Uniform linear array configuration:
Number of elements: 48
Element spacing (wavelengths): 0.25
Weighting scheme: hann
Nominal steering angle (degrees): -30
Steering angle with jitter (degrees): -29.834
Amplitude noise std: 0.05
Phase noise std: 0.05

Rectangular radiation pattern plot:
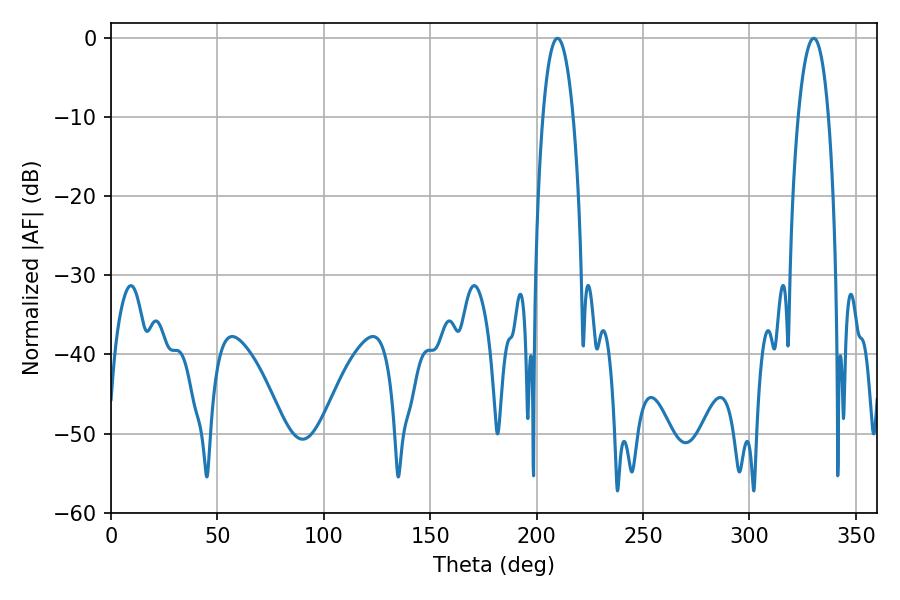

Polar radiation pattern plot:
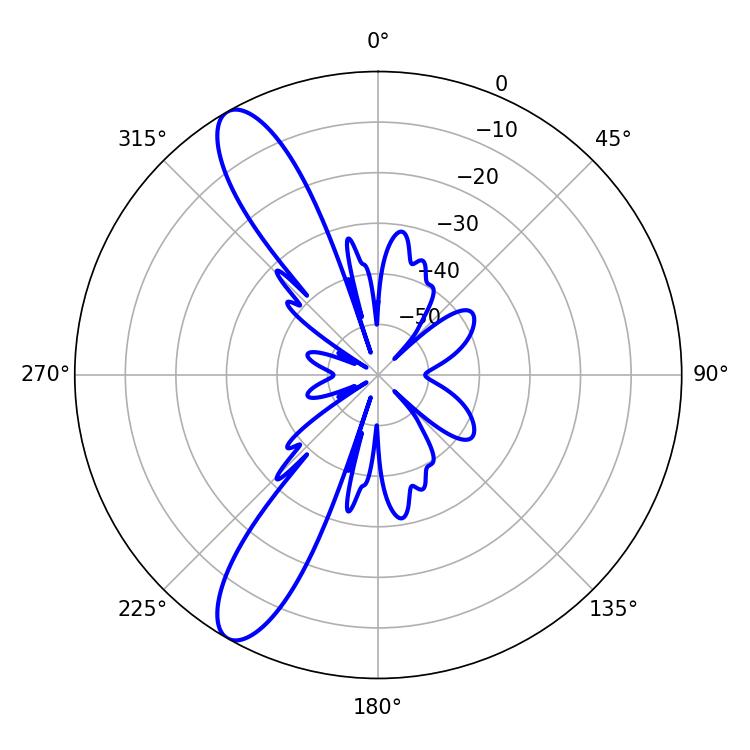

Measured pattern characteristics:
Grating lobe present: FALSE
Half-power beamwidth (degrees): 7.92
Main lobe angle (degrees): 330.12